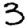
Digit: 3